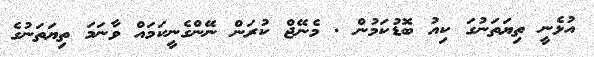
އުޅެނީ ތިޔަތަނުގަ ކިއު ބޮޑުކަމުން . މެނޭޖް ކުރަން ނޭންގެނީކަމައް ވާނަމަ ތިޔަތަނުގެ